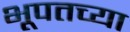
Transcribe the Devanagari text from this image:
भूपतच्या